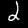
Digit: 2